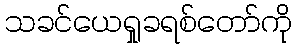
သခင်ယေရှုခရစ်တော်ကို